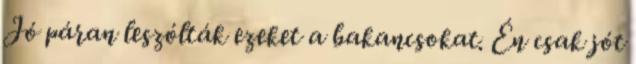
Jó páran leszólták ezeket a bakancsokat. Én csak jót